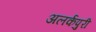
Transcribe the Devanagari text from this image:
अलर्कपुरी